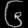
Digit: ၆